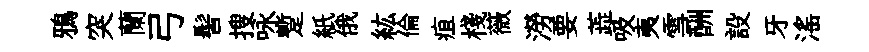
鴉突蘭弓髻搜咏蹔紙俄紘倫疽棧薇澇要蕋吸夷雪酬設牙滛